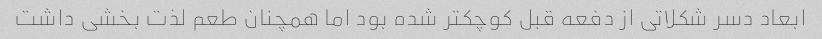
ابعاد دسر شکلاتی از دفعه قبل کوچکتر شده بود اما همچنان طعم لذت بخشی داشت